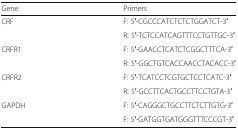
| Gene | Primers |
 | --- | --- |
 | <ROWSPAN=2> CRF | F: 5′-CGCCCATCTCTCTGGATCT-3′ |
 | R: 5′-TCTCCATCAGTTTCCTGTTGC-3′ |
 | <ROWSPAN=2> CRFR1 | F: 5′-GAACCTCATCTCGGCTTTCA-3′ |
 | R: 5′-GGCTGTCACCAACCTACACC-3′ |
 | <ROWSPAN=2> CRFR2 | F: 5′-TCATCCTCGTGCTCCTCATC-3′ |
 | R: 5′-GCCTTCACTGCCTTCCTGTA-3′ |
 | <ROWSPAN=2> GAPDH | F: 5′-CAGGGCTGCCTTCTCTTGTG-3′ |
 | F: 5′-GATGGTGATGGGTTTCCCGT-3′ |